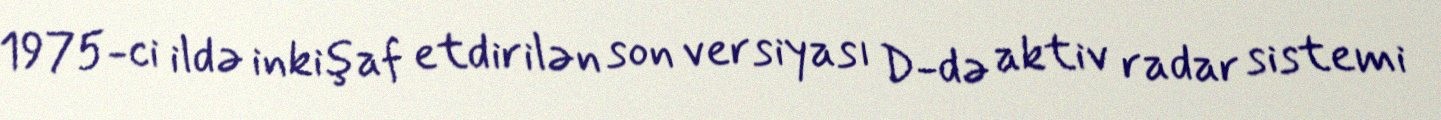
1975-ci ildə inkişaf etdirilən son versiyası D-də aktiv radar sistemi